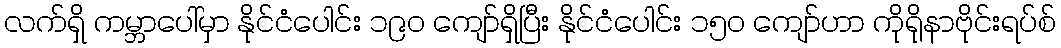
လက်ရှိ ကမ္ဘာပေါ်မှာ နိုင်ငံပေါင်း ၁၉၀ ကျော်ရှိပြီး နိုင်ငံပေါင်း ၁၅၀ ကျော်ဟာ ကိုရိုနာဗိုင်းရပ်စ်